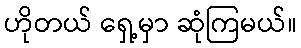
ဟိုတယ် ရှေ့မှာ ဆုံကြမယ်။